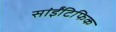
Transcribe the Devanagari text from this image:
सांईंटिफिक